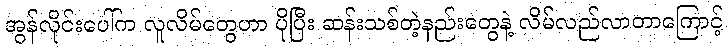
အွန်လိုင်းပေါ်က လူလိမ်တွေဟာ ပိုပြီး ဆန်းသစ်တဲ့နည်းတွေနဲ့ လိမ်လည်လာတာကြောင့်